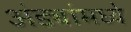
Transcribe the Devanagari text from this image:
अंड्यांमध्ये